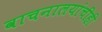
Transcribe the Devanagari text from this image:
वाचनालयांचीही